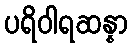
ပရိဝါရဆန္နာ